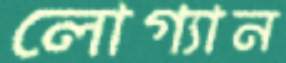
লোগ্যান